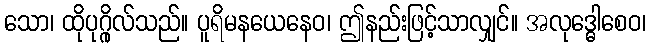
သော၊ ထိုပုဂ္ဂိုလ်သည်။ ပူရိမနယေနေဝ၊ ဤနည်းဖြင့်သာလျှင်။ အလုဒ္ဓေါစေဝ၊